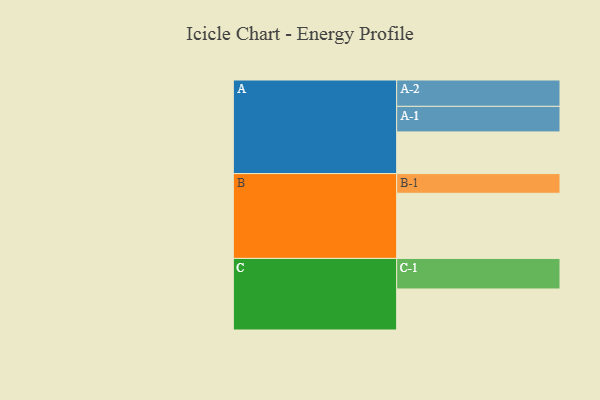
{"axis": {"x": "Segment", "y": "Value"}, "legend": ["", "A", "B", "C"], "data": [{"x": "A", "y": 375, "type": ""}, {"x": "B", "y": 586, "type": ""}, {"x": "C", "y": 369, "type": ""}, {"x": "A-1", "y": 230, "type": "A"}, {"x": "A-2", "y": 237, "type": "A"}, {"x": "B-1", "y": 177, "type": "B"}, {"x": "C-1", "y": 275, "type": "C"}]}